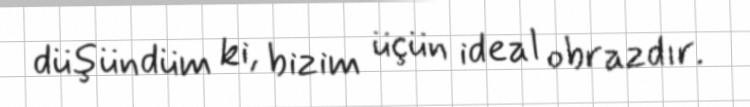
düşündüm ki, bizim üçün ideal obrazdır.